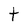
Character: t